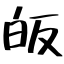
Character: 皈